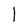
Character: l